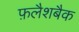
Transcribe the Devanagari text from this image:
फ़लैशबैक